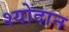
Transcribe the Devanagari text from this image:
श्योदान